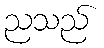
ညသည်